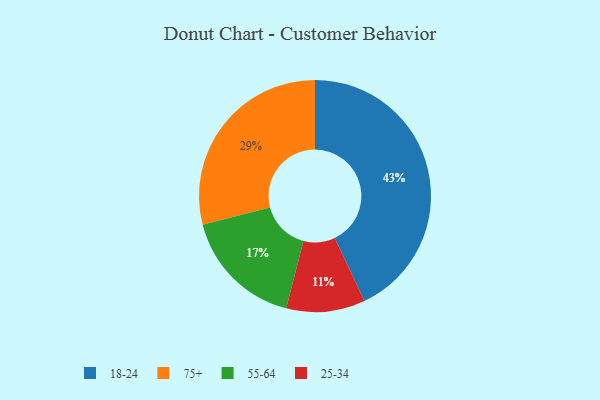
{"axis": {"x": "Category", "y": "Percentage"}, "legend": ["18-24", "25-34", "55-64", "75+"], "data": [{"x": "25-34", "y": 11, "type": "25-34"}, {"x": "75+", "y": 29, "type": "75+"}, {"x": "18-24", "y": 43, "type": "18-24"}, {"x": "55-64", "y": 17, "type": "55-64"}]}